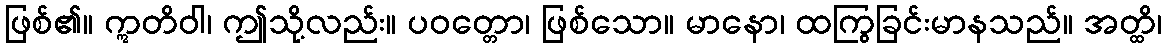
ဖြစ်၏။ ဣတိဝါ၊ ဤသို့လည်း။ ပဝတ္တော၊ ဖြစ်သော။ မာနော၊ ထကြွခြင်းမာနသည်။ အတ္ထိ၊